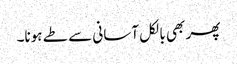
پھر بھی بالکل آسانی سے طے ہونا۔